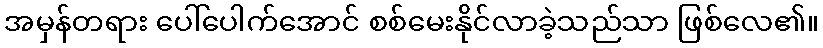
အမှန်တရား ပေါ်ပေါက်အောင် စစ်မေးနိုင်လာခဲ့သည်သာ ဖြစ်လေ၏။